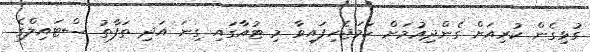
ގުޅިގެން ކުރިއަށް ގެންދިއުމަށް ހަމަޖެހިފައިވާ މި ޓުއާގައި ގިނަ އަދި ތަފާތު ސްޓައިލްގެ